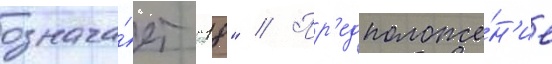
означа́ет "18" // Пр'едположе́н'ие